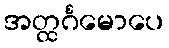
အတ္ထင်္ဂမောပေ